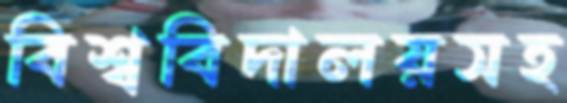
বিশ্ববিদালয়সহ